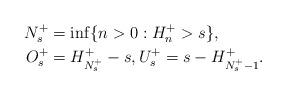
LaTeX: \begin{align*}N_s^+ &= \inf\{n>0: H^+_n>s\},\\O_s^+&=H^+_{N_s^+}-s, U_s^+=s-H_{N_{s}^+-1}^+.\end{align*}